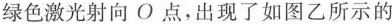
绿色激光射向O点，出现了如图乙所示的